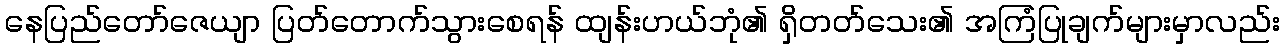
နေပြည်တော်ဇေယျာ ပြတ်တောက်သွားစေရန် ထျန်းဟယ်ဘုံ၏ ရှိတတ်သေး၏ အကြံပြုချက်များမှာလည်း